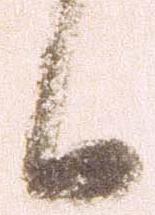
候